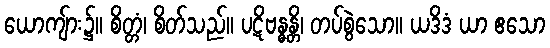
ယောကျ်ား၌။ စိတ္တံ၊ စိတ်သည်။ ပဋိဗန္ဓန္တိ၊ တပ်စွဲသော။ ယဒိဒံ ယာ ဧသော